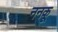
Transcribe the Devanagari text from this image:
ननकू